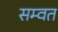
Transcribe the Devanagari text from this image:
सम्‍वत